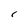
Character: r